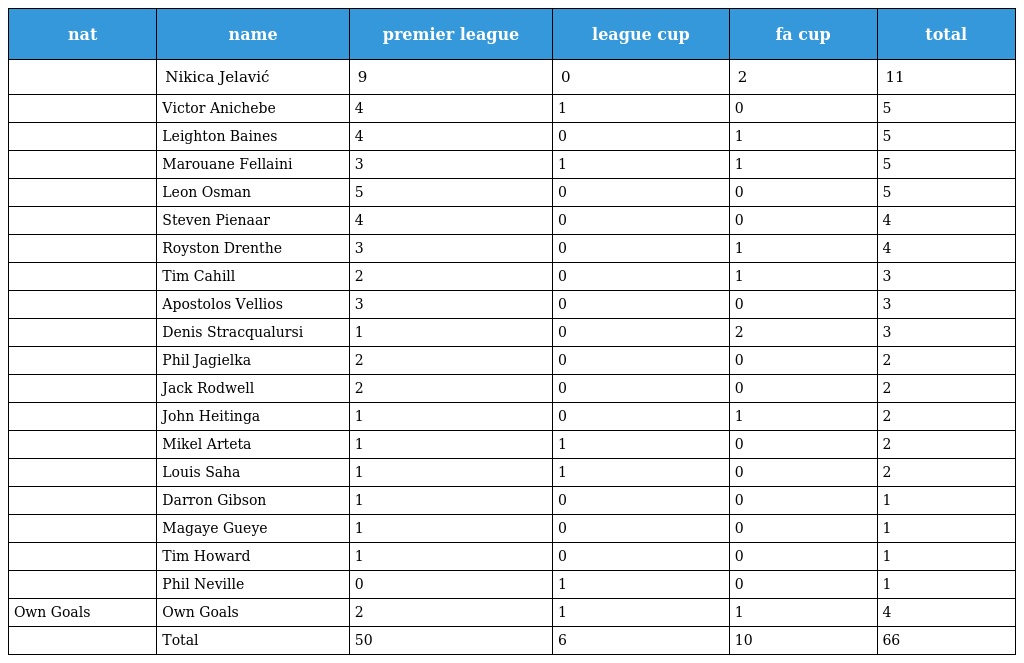
| nat | name | premier league | league cup | fa cup | total |
 | --- | --- | --- | --- | --- | --- |
 |  | Nikica Jelavić | 9 | 0 | 2 | 11 |
 |  | Victor Anichebe | 4 | 1 | 0 | 5 |
 |  | Leighton Baines | 4 | 0 | 1 | 5 |
 |  | Marouane Fellaini | 3 | 1 | 1 | 5 |
 |  | Leon Osman | 5 | 0 | 0 | 5 |
 |  | Steven Pienaar | 4 | 0 | 0 | 4 |
 |  | Royston Drenthe | 3 | 0 | 1 | 4 |
 |  | Tim Cahill | 2 | 0 | 1 | 3 |
 |  | Apostolos Vellios | 3 | 0 | 0 | 3 |
 |  | Denis Stracqualursi | 1 | 0 | 2 | 3 |
 |  | Phil Jagielka | 2 | 0 | 0 | 2 |
 |  | Jack Rodwell | 2 | 0 | 0 | 2 |
 |  | John Heitinga | 1 | 0 | 1 | 2 |
 |  | Mikel Arteta | 1 | 1 | 0 | 2 |
 |  | Louis Saha | 1 | 1 | 0 | 2 |
 |  | Darron Gibson | 1 | 0 | 0 | 1 |
 |  | Magaye Gueye | 1 | 0 | 0 | 1 |
 |  | Tim Howard | 1 | 0 | 0 | 1 |
 |  | Phil Neville | 0 | 1 | 0 | 1 |
 | Own Goals | Own Goals | 2 | 1 | 1 | 4 |
 |  | Total | 50 | 6 | 10 | 66 |